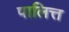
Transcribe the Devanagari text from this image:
पालित्त